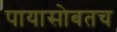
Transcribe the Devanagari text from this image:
पायासोबतच